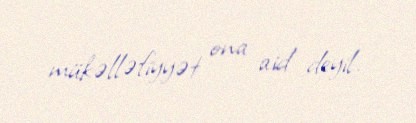
mükəlləfiyyət ona aid deyil.